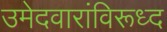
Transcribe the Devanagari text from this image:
उमेदवारांविरूध्द